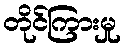
တိုင်ကြားမှု